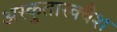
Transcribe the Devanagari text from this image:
अस्कुतास्क्वैश